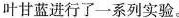
叶甘蓝进行了一系列实验。